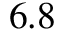
6 . 8